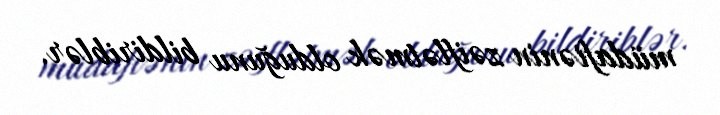
müdafiənin zəiflətmək olduğunu bildiriblər.